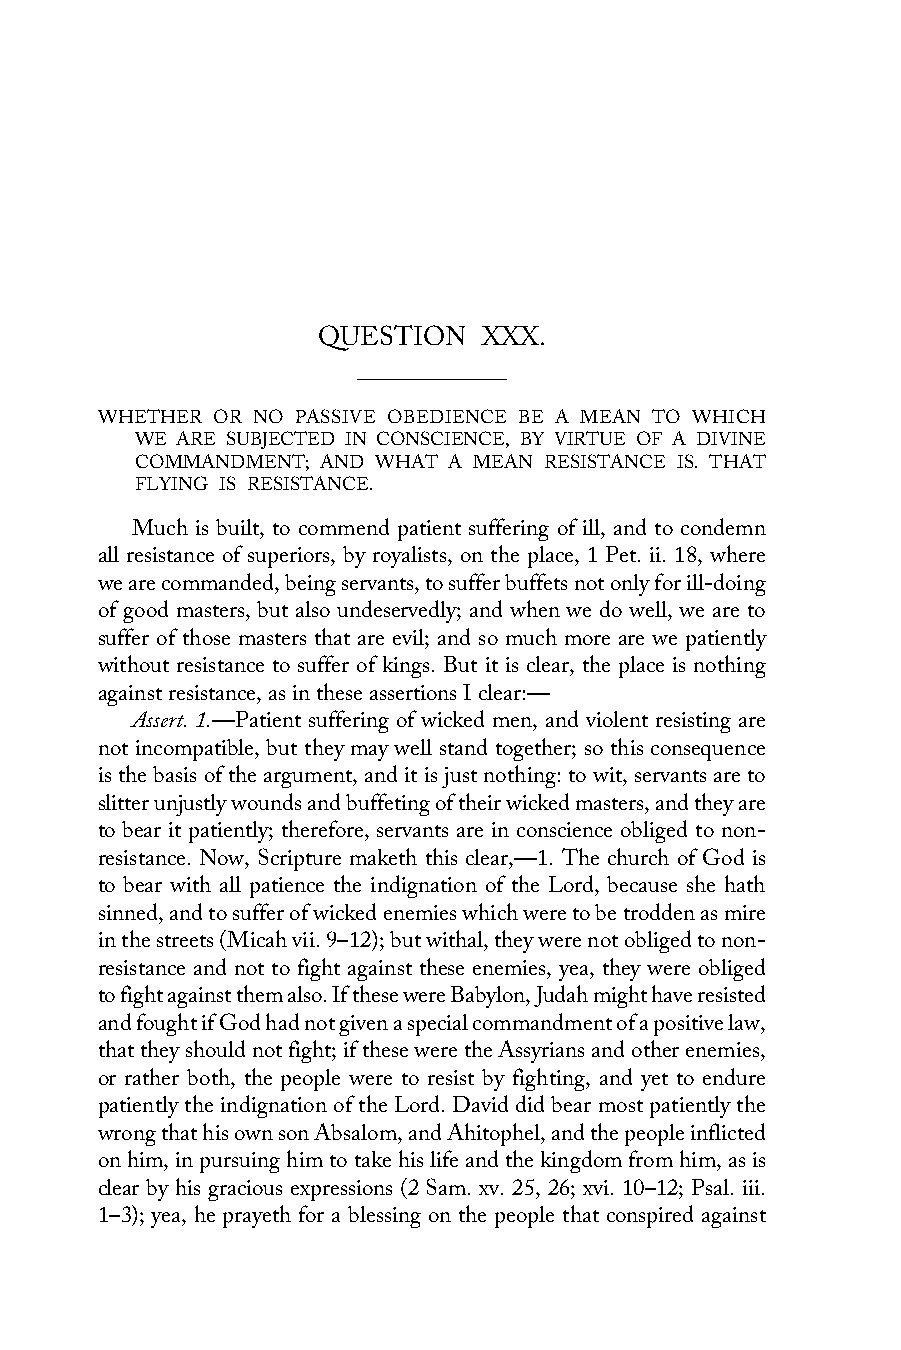
QUESTION   XXX.
 WHETHER OR NO PASSIVE OBEDIENCE BE A MEAN TO WHICH
 WE ARE SUBJECTED IN CONSCIENCE, BY VIRTUE OF A DIVINE
 COMMANDMENT; AND WHAT A MEAN RESISTANCE IS. THAT
 FLYING IS RESISTANCE.
 Much is built, to commend patient suffering of ill, and to condemn
 all resistance of superiors, by royalists, on the place, 1 Pet. ii. 18, where
 we are commanded, being servants, to suffer buffets not only for ill-doing
 of good masters, but also undeservedly; and when we do well, we are to
 suffer of those masters that are evil; and so much more are we patiently
 without resistance to suffer of kings. But it is clear, the place is nothing
 against resistance, as in these assertions I clear:—
 Assert. 1.—Patient suffering of wicked men, and violent resisting are
 not incompatible, but they may well stand together; so this consequence
 is the basis of the argument, and it is just nothing: to wit, servants are to
 slitter unjustly wounds and buffeting of their wicked masters, and they are
 to bear it patiently; therefore, servants are in conscience obliged to non-
 resistance. Now, Scripture maketh this clear,—1. The church of God is
 to bear with all patience the indignation of the Lord, because she hath
 sinned, and to suffer of wicked enemies which were to be trodden as mire
 in the streets (Micah vii. 9–12); but withal, they were not obliged to non-
 resistance and not to fight against these enemies, yea, they were obliged
 to fight against them also. If these were Babylon, Judah might have resisted
 and fought if God had not given a special commandment of a positive law,
 that they should not fight; if these were the Assyrians and other enemies,
 or rather both, the people were to resist by fighting, and yet to endure
 patiently the indignation of the Lord. David did bear most patiently the
 wrong that his own son Absalom, and Ahitophel, and the people inflicted
 on him, in pursuing him to take his life and the kingdom from him, as is
 clear by his gracious expressions (2 Sam. xv. 25, 26; xvi. 10–12; Psal. iii.
 1–3); yea, he prayeth for a blessing on the people that conspired against